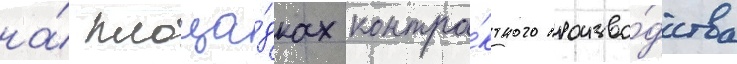
на́ площа́дках контра́ктного произво́дства